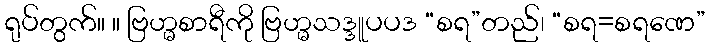
ရုပ်တွက်။ ။ ဗြဟ္မစာရီကို ဗြဟ္မသဒ္ဒူပပဒ “စရ”တည်၊ “စရ=စရဏေ”